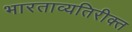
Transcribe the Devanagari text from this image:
भारताव्यतिरीक्त